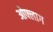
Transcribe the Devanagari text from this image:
ओफ्लाग